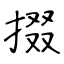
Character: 掇